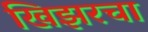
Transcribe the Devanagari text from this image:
खिझरचा